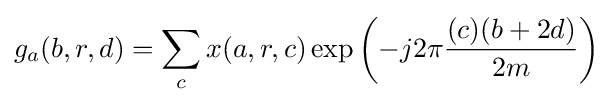
g_{a}(b,r,d)=\sum _{c}x(a,r,c)\exp \left(-j2\pi {\frac {(c)(b+2d)}{2m}}\right)